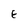
Character: E